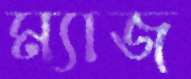
ম্যাজ